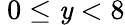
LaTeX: \ 0\leq\mathit{y}<8